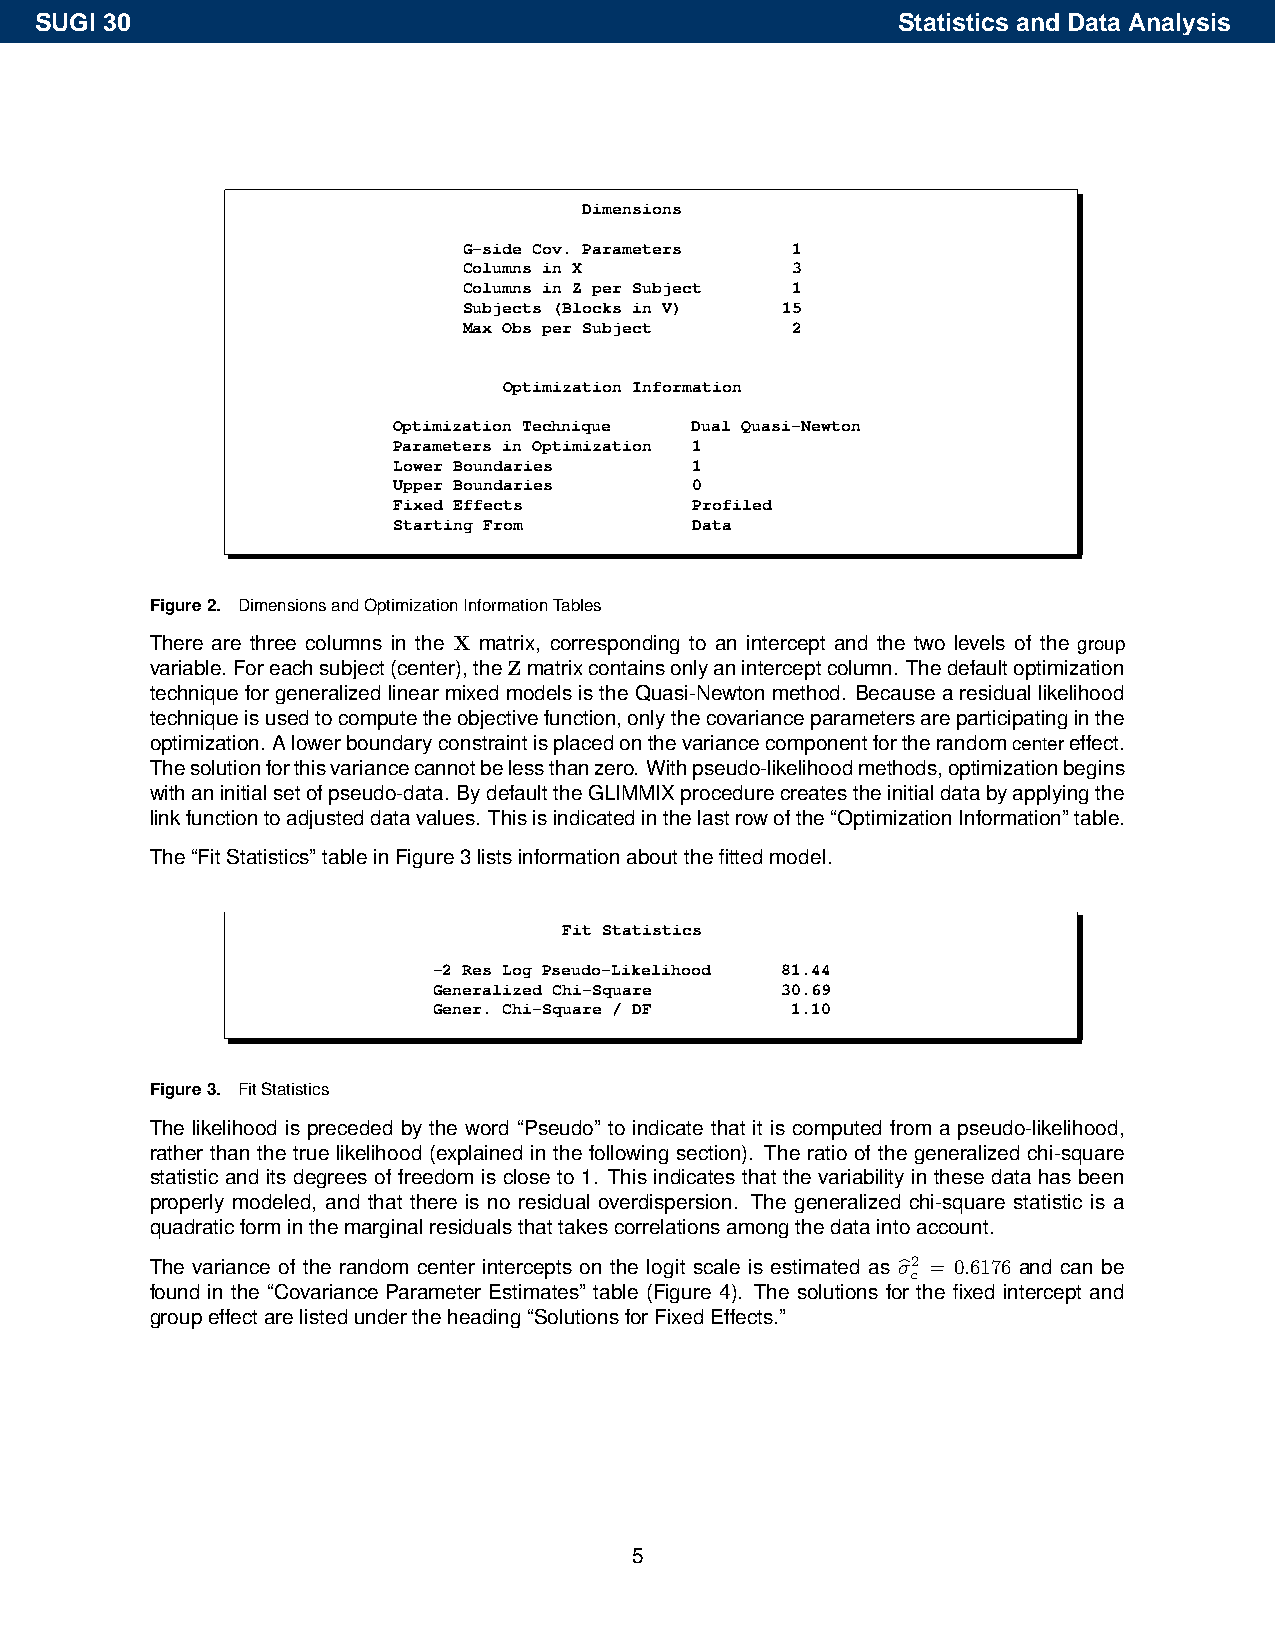
SUGI 30                                                  Statistics and Data Analysis
 Dimensions
 G-side Cov. Parameters 1
 Columns in X         3
 Columns in Z per Subject 1
 Subjects (Blocks in V) 15
 Max Obs per Subject  2
 Optimization Information
 Optimization Technique Dual Quasi-Newton
 Parameters in Optimization 1
 Lower Boundaries    1
 Upper Boundaries    0
 Fixed Effects       Profiled
 Starting From       Data
 Figure2. DimensionsandOptimizationInformationTables
 There are three columns in the X matrix, corresponding to an intercept and the two levels of the group
 variable. Foreachsubject(center),theZmatrixcontainsonlyaninterceptcolumn. Thedefaultoptimization
 techniqueforgeneralizedlinearmixedmodelsistheQuasi-Newtonmethod. Becausearesiduallikelihood
 techniqueisusedtocomputetheobjectivefunction,onlythecovarianceparametersareparticipatinginthe
 optimization. Alowerboundaryconstraintisplacedonthevariancecomponentfortherandomcentereffect.
 Thesolutionforthisvariancecannotbelessthanzero. Withpseudo-likelihoodmethods,optimizationbegins
 withaninitialsetofpseudo-data. BydefaulttheGLIMMIXprocedurecreatestheinitialdatabyapplyingthe
 linkfunctiontoadjusteddatavalues. Thisisindicatedinthelastrowofthe“OptimizationInformation”table.
 The“FitStatistics”tableinFigure3listsinformationaboutthefittedmodel.
 Fit Statistics
 -2 Res Log Pseudo-Likelihood 81.44
 Generalized Chi-Square 30.69
 Gener. Chi-Square / DF 1.10
 Figure3. FitStatistics
 The likelihood is preceded by the word “Pseudo” to indicate that it is computed from a pseudo-likelihood,
 rather than the true likelihood (explained in the following section). The ratio of the generalized chi-square
 statistic and its degrees of freedom is close to 1. This indicates that the variability in these data has been
 properly modeled, and that there is no residual overdispersion. The generalized chi-square statistic is a
 quadraticforminthemarginalresidualsthattakescorrelationsamongthedataintoaccount.
 The variance of the random center intercepts on the logit scale is estimated as σ2 = 0.6176 and can be
 bc
 found in the “Covariance Parameter Estimates” table (Figure 4). The solutions for the fixed intercept and
 groupeffectarelistedundertheheading“SolutionsforFixedEffects.”
 5